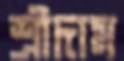
শ্রীদাম